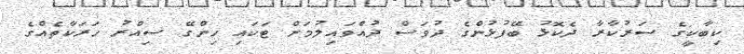
ކިބާކީގެ ސަރުކާރާ ދެކޮޅު ބޭފުޅުންގެ ދުވަސް ދުއްވައިލުމަށް ޓަކައި ހިންގޭ ސިއްރު ހަރަކާތެއްގެ